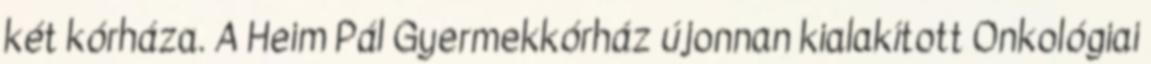
két kórháza. A Heim Pál Gyermekkórház újonnan kialakított Onkológiai